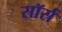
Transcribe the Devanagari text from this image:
सॉर्स